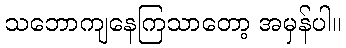
သဘောကျနေကြသာတော့ အမှန်ပါ။